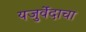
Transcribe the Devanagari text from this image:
यजुर्वेदाचा